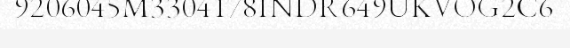
9206045M3304178INDR649UKVOG2C6